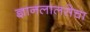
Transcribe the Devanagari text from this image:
ज्ञानलालसेचा